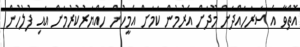
އޮތްވާ އެ ސަރަހައްދަށް މޫދަށް އެރުމުން ކަމަށް އެމީހުން ހައްޔަރުކުރުމަށް އައި ފުލުހުން